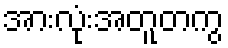
အားလုံးအတူတကွ